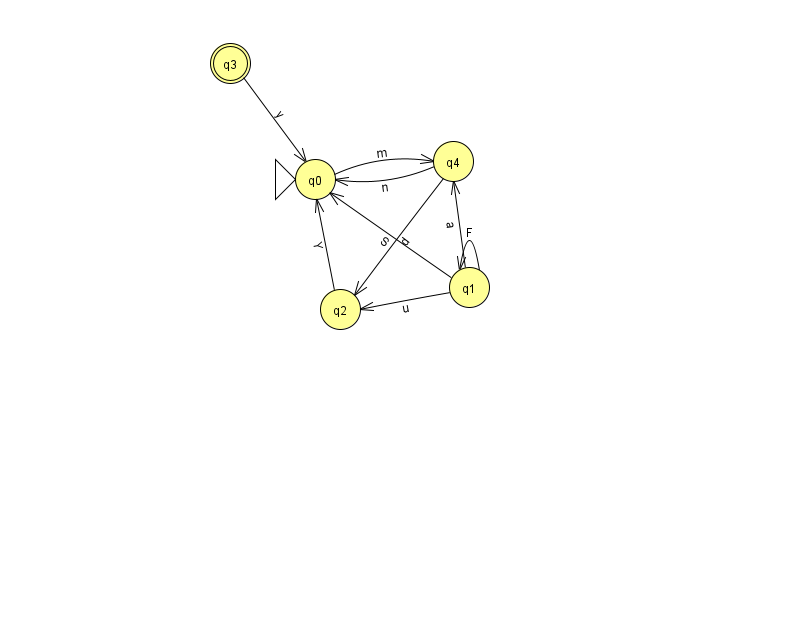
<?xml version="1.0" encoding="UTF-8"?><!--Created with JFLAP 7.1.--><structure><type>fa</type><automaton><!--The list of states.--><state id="0" name="q0"><x>315.0</x><y>166.0</y><initial/></state><state id="1" name="q1"><x>469.0</x><y>274.0</y></state><state id="2" name="q2"><x>340.0</x><y>296.0</y></state><state id="3" name="q3"><x>230.0</x><y>50.0</y><final/></state><state id="4" name="q4"><x>453.0</x><y>148.0</y></state><!--The list of transitions.--><transition><from>4</from><to>2</to><read>d</read></transition><transition><from>3</from><to>0</to><read>y</read></transition><transition><from>1</from><to>1</to><read>F</read></transition><transition><from>1</from><to>2</to><read>u</read></transition><transition><from>1</from><to>0</to><read>S</read></transition><transition><from>1</from><to>4</to><read>a</read></transition><transition><from>4</from><to>0</to><read>n</read></transition><transition><from>2</from><to>0</to><read>Y</read></transition><transition><from>0</from><to>4</to><read>m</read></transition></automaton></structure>